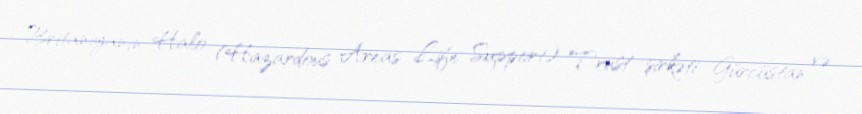
Britaniyanın Halo (Hazardous Areas Life Support) Trust şirkəti Gürcüstan və